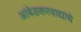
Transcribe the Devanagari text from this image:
आंबेडकरवाद्यांचे